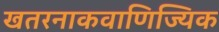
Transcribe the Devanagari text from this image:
खतरनाकवाणिज्यिक